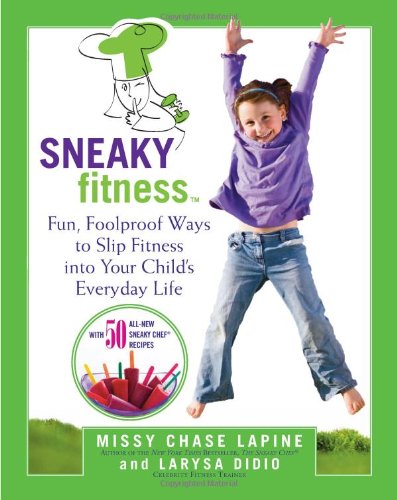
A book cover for Sneaky Fitness: Fun, Foolproof Ways to Slip Fitness into Your Child's Everyday Life; Missy Chase Lapine; Health, Fitness & Dieting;